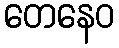
တေနေဝ